Report on vaccination in the Province of Bengal - 1874-1889
Year: 1874
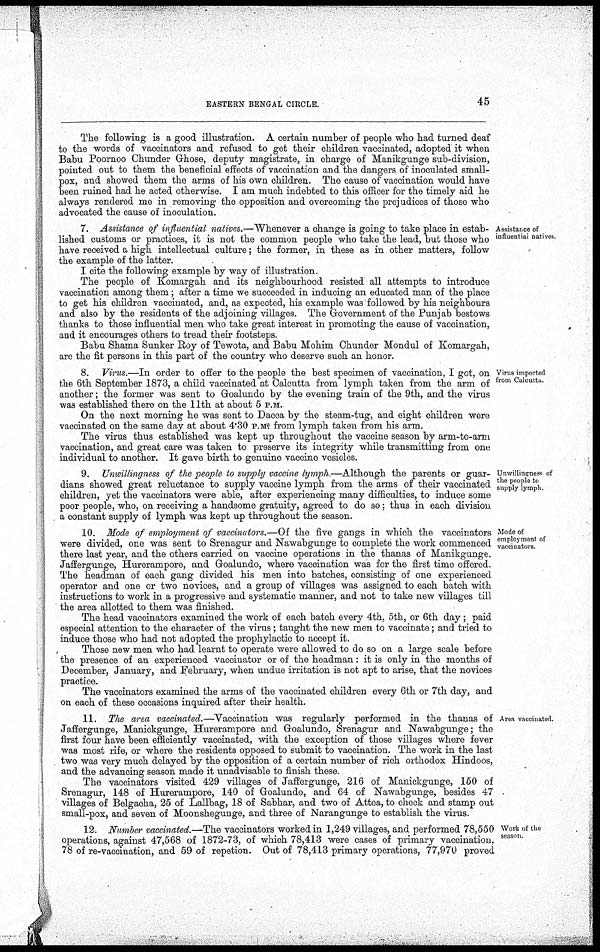
EASTERN BENGAL CIRCLE.
45
The following is a good illustration. A certain number of people who had turned deaf
to the words of vaccinators and refused to get their children vaccinated, adopted it when
Babu Poornoo Chunder Ghose, deputy magistrate, in charge of Manikgunge sub-division,
pointed out to them the beneficial effects of vaccination and the dangers of inoculated small-
pox, and showed them the arms of his own children. The cause of vaccination would have
been ruined had he acted otherwise. I am much indebted to this officer for the timely aid he
always rendered me in removing the opposition and overcoming the prejudices of those who
advocated the cause of inoculation.
Assistance of
influential natives.
7. Assistance of influential natives.—Whenever a change is going to take place in estab-
lished customs or practices, it is not the common people who take the lead, but those who
have received a high intellectual culture; the former, in these as in other matters, follow
the example of the latter.
I cite the following example by way of illustration.
The people of Komargah and its neighbourhood resisted all attempts to introduce
vaccination among them; after a time we succeeded in inducing an educated man of the place
to get his children vaccinated, and, as expected, his example was followed by his neighbours
and also by the residents of the adjoining villages. The Government of the Punjab bestows
thanks to those influential men who take great interest in promoting the cause of vaccination,
and it encourages others to tread their footsteps.
Babu Shama Sunker Roy of Tewota, and Babu Mohim Chunder Mondul of Komargah,
are the fit persons in this part of the country who deserve such an honor.
Virus imported
from Calcutta
8. Virus.—In order to offer to the people the best specimen of vaccination, I got, on
the 6th September 1873, a child vaccinated at Calcutta from lymph taken from the arm of
another; the former was sent to Goalundo by the evening train of the 9th, and the virus
was established there on the 11th at about 5 P.M.
On the next morning he was sent to Dacca by the steam-tug, and eight children were
vaccinated on the same day at about 4.30 P.M. from lymph taken from his arm.
The virus thus established was kept up throughout the vaccine season by arm-to-arm
vaccination, and great care was taken to preserve its integrity while transmitting from one
individual to another. It gave birth to genuine vaccine vesicles.
Unwillingness of
the people to
supply lymph
9. Unwillingness of the people to supply vaccine lymph.—Although the parents or guar-
dians showed great reluctance to supply vaccine lymph from the arms of their vaccinated
children, yet the vaccinators were able, after experiencing many difficulties, to induce some
poor people, who, on receiving a handsome gratuity, agreed to do so; thus in each division
a constant supply of lymph was kept up throughout the season.
Mode of
employment of
vaccinators
10. Mode of employment of vaccinators.—Of the five gangs in which the vaccinators
were divided, one was sent to Srenagur and Nawabgunge to complete the work commenced
there last year, and the others carried on vaccine operations in the thanas of Manikgunge,
Jaffergunge, Hurerampore, and Goalundo, where vaccination was for the first time offered.
The headman of each gang divided his men into batches, consisting of one experienced
operator and one or two novices, and a group of villages was assigned to each batch with
instructions to work in a progressive and systematic manner, and not to take new villages till
the area allotted to them was finished.
The head vaccinators examined the work of each batch every 4th, 5th, or 6th day; paid
especial attention to the character of the virus; taught the new men to vaccinate; and tried to
induce those who had not adopted the prophylactic to accept it.
Those new men who had learnt to operate were allowed to do so on a large scale before
the presence of an experienced vaccinator or of the headman: it is only in the months of
December, January, and February, when undue irritation is not apt to arise, that the novices
practice.
The vaccinators examined the arms of the vaccinated children every 6th or 7th day, and
on each of these occasions inquired after their health.
Area vaccinated
11. The area vaccinated.—Vaccination was regularly performed in the thanas of
Jaffergunge, Manickgunge, Hurerampore and Goalundo, Srenagur and Nawabgunge; the
first four have been efficiently vaccinated, with the exception of those villages where fever
was most rife, or where the residents opposed to submit to vaccination. The work in the last
two was very much delayed by the opposition of a certain number of rich orthodox Hindoos,
and the advancing season made it unadvisable to finish these.
The vaccinators visited 429 villages of Jaffergunge, 216 of Manickgunge, 150 of
Srenagur, 148 of Hurerampore, 140 of Goalundo, and 64 of Nawabgunge, besides 47
villages of Belgacha, 25 of Lallbag, 18 of Sabhar, and two of Attea, to check and stamp out
small-pox, and seven of Moonshegunge, and three of Narangunge to establish the virus.
Work of the
season
12. Number vaccinated.—The vaccinators worked in 1,249 villages, and performed 78,550
operations, against 47,568 of 1872-73, of which 78,413 were cases of primary vaccination.
78 of re-vaccination, and 59 of repetion. Out of 78,413 primary operations, 77,970 proved